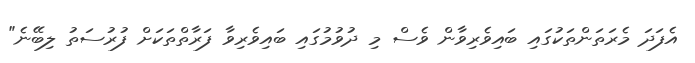
އެފަދަ މެރަތަންތަކުގައި ބައިވެރިވާން ވެސް މި ދުވުމުގައި ބައިވެރިވާ ފަރާތްތަކަށް ފުރުސަތު ލިބޭނެ"